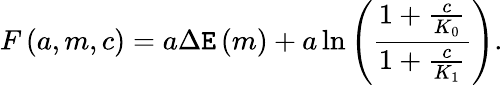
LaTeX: F\left(a,m,c\right)=a\Delta\mathtt{E}\left(m\right)+a\ln\left(\frac{{1+\frac{{c}}{{K_{0}}}}}{{1+\frac{{c}}{{K_{1}}}}}\right).